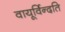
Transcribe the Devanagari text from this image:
वायूर्विन्दति